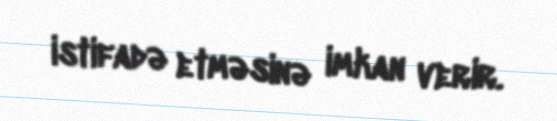
istifadə etməsinə imkan verir.